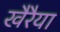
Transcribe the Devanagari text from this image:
खैरैया